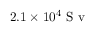
2 . 1 \times 1 0 ^ { 4 } \mathrm { ~ S ~ v ~ }